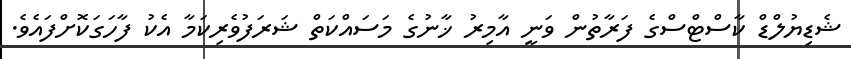
ޝެޑިޔުލްޑް ކާސްޓްސްގެ ފަރާތުން ވަނީ އާމިރު ޚާނުގެ މަސައްކަތް ޝަރަފުވެރިކަމާ އެކު ފާހަގަކޮށްފައެވެ.